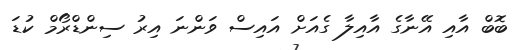
ބޮބް އާއި އޭނާގެ އާއިލާ ގެއަށް އައިސް ވަންނަ އިރު ސިންޑްރޯމް ކުޑަ